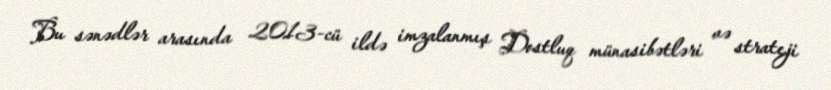
Bu sənədlər arasında 2013-cü ildə imzalanmış Dostluq münasibətləri və strateji